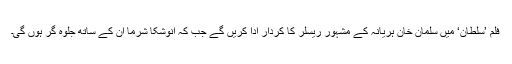
فلم ’سلطان‘ میں سلمان خان ہریانہ کے مشہور ریسلر کا کردار ادا کریں گے جب کہ انوشکا شرما ان کے ساتھ جلوہ گر ہوں گی۔